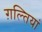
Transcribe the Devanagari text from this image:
ग़ल्तियां